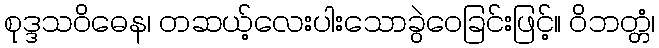
စုဒ္ဒသဝိဓေန၊ တဆယ့်လေးပါးသောခွဲဝေခြင်းဖြင့်။ ဝိဘတ္တံ၊